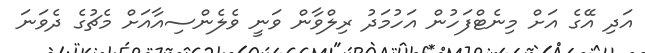
އަދި އޭގެ އަށް މިނެޓްފަހުން އަހުމަދު ރިލްވާން ވަނީ ވެލެންސިއާއަށް މެޗުގެ ދެވަނަ